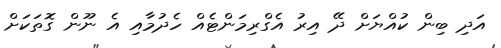
އަދި ބިން ކުއްޔަށް ދޭ އިރު އެގްރިމަންޓެއް ހެދުމާއި އެ ނޫން ގޮތަކަށް